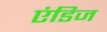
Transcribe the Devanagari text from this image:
एंडिज